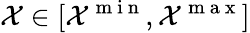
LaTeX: \mathcal{X}\in[\mathcal{X}^{\mathrm{~m~i~n~}},\mathcal{X}^{\mathrm{~m~a~x~}}]